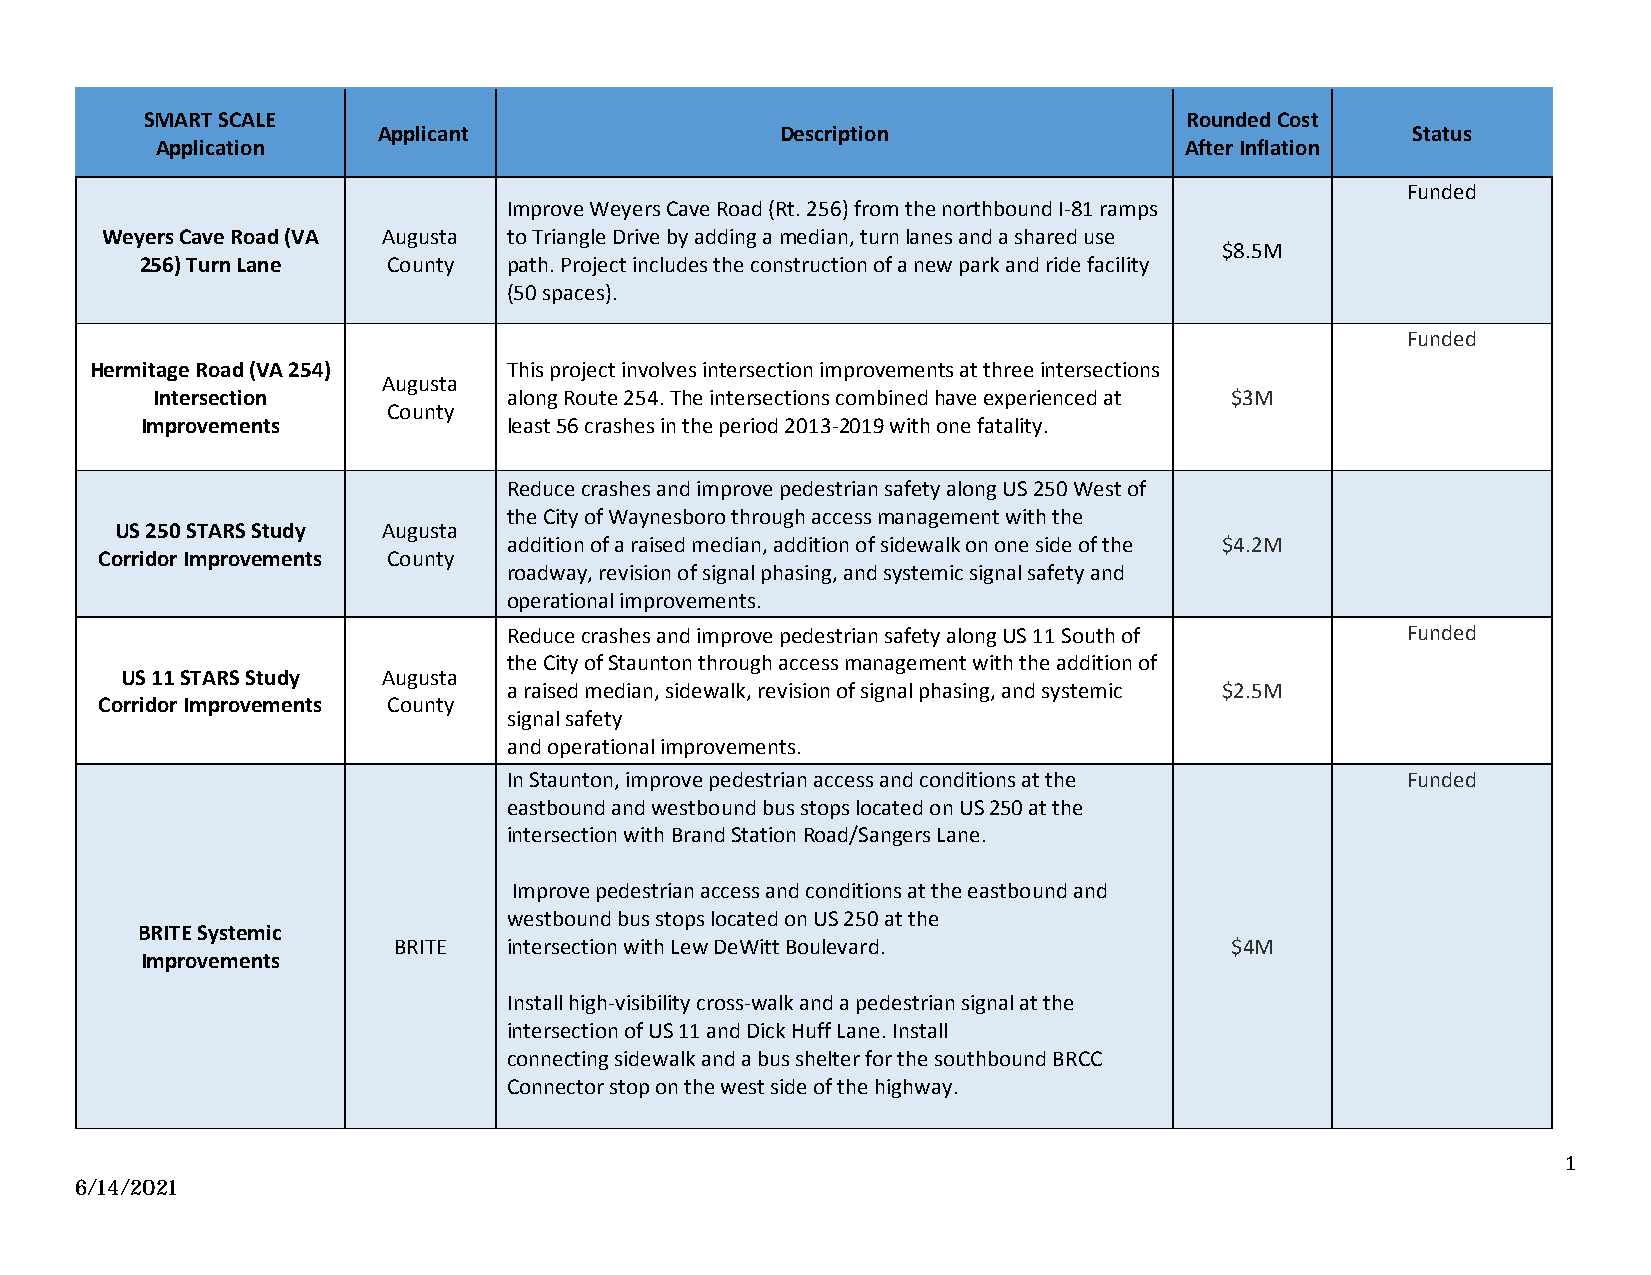
SMART SCALE      SMART SCALE Round 4 Projects Submitted by CSPDC localities, PDC, and MRPouOnsd ed Cost
 Applicant                  Description                              Status
 Application                                                         After Inflation
 Funded
 Improve Weyers Cave Road (Rt. 256) from the northbound I-81 ramps
 Weyers Cave Road (VA Augusta to Triangle Drive by adding a median, turn lanes and a shared use
 $8.5M
 256) Turn Lane   County  path. Project includes the construction of a new park and ride facility
 (50 spaces).
 Funded
 Hermitage Road (VA 254)     This project involves intersection improvements at three intersections
 Augusta
 Intersection            along Route 254. The intersections combined have experienced at $3M
 County
 Improvements             least 56 crashes in the period 2013-2019 with one fatality.
 Reduce crashes and improve pedestrian safety along US 250 West of
 the City of Waynesboro through access management with the
 US 250 STARS Study Augusta
 addition of a raised median, addition of sidewalk on one side of the $4.2M
 Corridor Improvements County
 roadway, revision of signal phasing, and systemic signal safety and
 operational improvements.
 Reduce crashes and improve pedestrian safety along US 11 South of Funded
 the City of Staunton through access management with the addition of
 US 11 STARS Study Augusta
 a raised median, sidewalk, revision of signal phasing, and systemic $2.5M
 Corridor Improvements County
 signal safety
 and operational improvements.
 In Staunton, improve pedestrian access and conditions at the Funded
 eastbound and westbound bus stops located on US 250 at the
 intersection with Brand Station Road/Sangers Lane.
 Improve pedestrian access and conditions at the eastbound and
 westbound bus stops located on US 250 at the
 BRITE Systemic
 BRITE   intersection with Lew DeWitt Boulevard.        $4M
 Improvements
 Install high-visibility cross-walk and a pedestrian signal at the
 intersection of US 11 and Dick Huff Lane. Install
 connecting sidewalk and a bus shelter for the southbound BRCC
 Connector stop on the west side of the highway.
 1
 6/14/2021